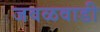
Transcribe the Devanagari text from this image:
जवळवाडी